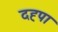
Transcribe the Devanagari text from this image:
दह्पा